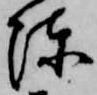
陳